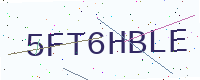
Text: 5FT6HBLE